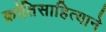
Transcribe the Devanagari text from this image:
क्रांतिसाहित्याने